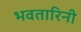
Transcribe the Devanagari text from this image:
भवतारिनी